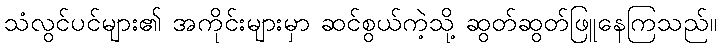
သံလွင်ပင်များ၏ အကိုင်းများမှာ ဆင်စွယ်ကဲ့သို့ ဆွတ်ဆွတ်ဖြူနေကြသည်။